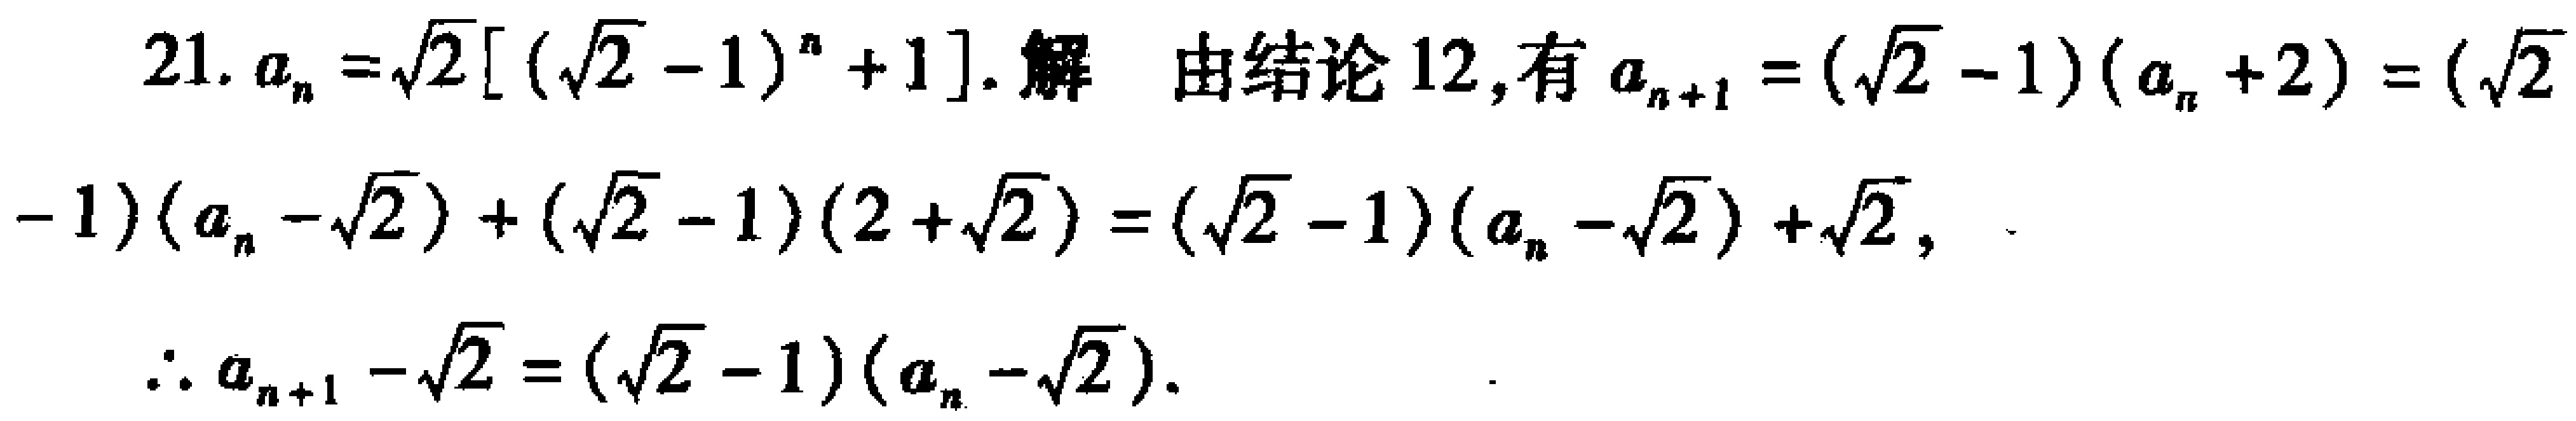
21. \(a_{n}=\sqrt{2}[(\sqrt{2} - 1)^{n}+1]\). 解 由结论12,有 \(a_{n + 1}=(\sqrt{2} - 1)(a_{n}+2)=(\sqrt{2}-1)(a_{n}-\sqrt{2})+(\sqrt{2} - 1)(2+\sqrt{2})=(\sqrt{2} - 1)(a_{n}-\sqrt{2})+\sqrt{2}\),

\(\therefore a_{n + 1}-\sqrt{2}=(\sqrt{2} - 1)(a_{n}-\sqrt{2})\).